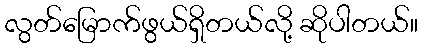
လွတ်မြောက်ဖွယ်ရှိတယ်လို့ ဆိုပါတယ်။